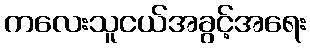
ကလေးသူငယ်အခွင့်အရေး